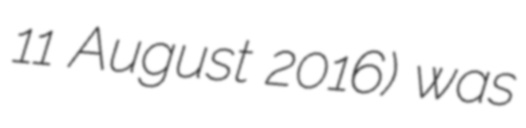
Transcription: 11 August 2016) was